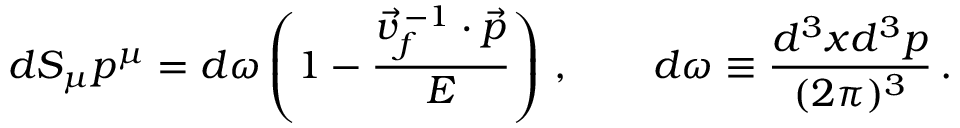
d S _ { \mu } p ^ { \mu } = d \omega \left( 1 - \frac { \vec { v } _ { f } ^ { \, - 1 } \cdot \vec { p } } { E } \right) \, , \qquad d \omega \equiv \frac { d ^ { 3 } x d ^ { 3 } p } { ( 2 \pi ) ^ { 3 } } \, .